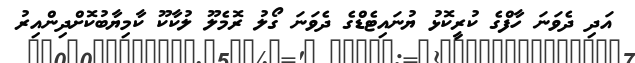
އަދި ދެވަނަ ހާފްގެ ކުރީކޮޅު ޔުނައިޓެޑްގެ ދެވަނަ ގޯލު ރޮމެލޫ ލުކާކޫ ކާމިޔާބުކޮށްދިންއިރު